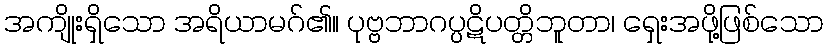
အကျိုးရှိသော အရိယာမဂ်၏။ ပုဗ္ဗဘာဂပ္ပဋိပတ္တိဘူတာ၊ ရှေးအဖို့ဖြစ်သော